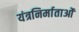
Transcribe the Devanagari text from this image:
यंत्रनिर्माताओं